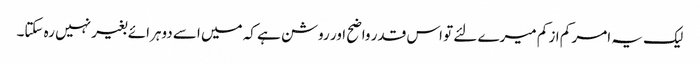
لیک یہ امر کم از کم میرے لئے تو اس قدر واضح اور روشن ہے کہ میں اسے دوہرائے بغیر نہیں رہ سکتا۔